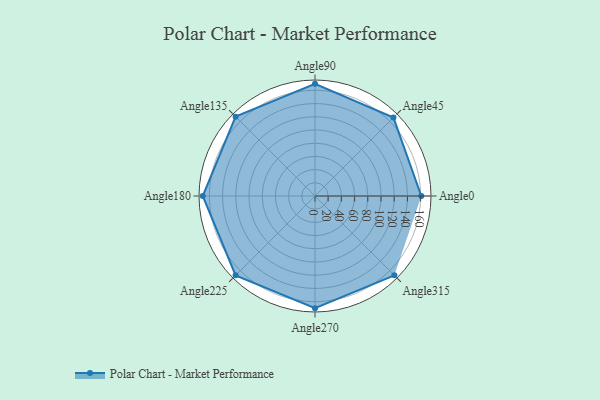
{"axis": {"x": "Angle", "y": "Radius"}, "legend": [""], "data": [{"x": "Angle0", "y": 161.0, "type": ""}, {"x": "Angle45", "y": 168.0, "type": ""}, {"x": "Angle90", "y": 170, "type": ""}, {"x": "Angle135", "y": 170, "type": ""}, {"x": "Angle180", "y": 170, "type": ""}, {"x": "Angle225", "y": 170, "type": ""}, {"x": "Angle270", "y": 170, "type": ""}, {"x": "Angle315", "y": 170, "type": ""}]}